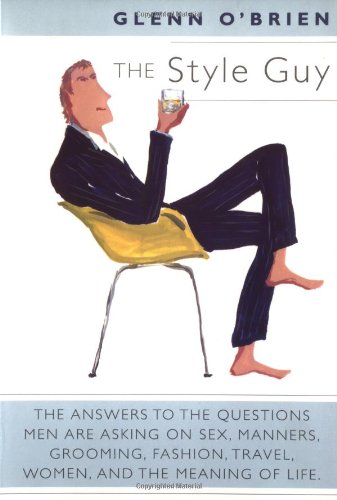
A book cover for The Style Guy; Glenn O'Brien; Health, Fitness & Dieting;